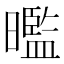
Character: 𭧿